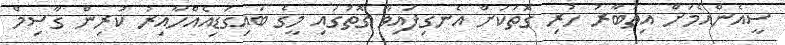
ސީއެންއެމަށް އިތުބާރު ހުރި ގޮތަކަށް އެނގިފައިވާ ގޮތުގައި މީގެ ބައިގަޑިއެއްހާއިރު ކުރިން ގާސިމް